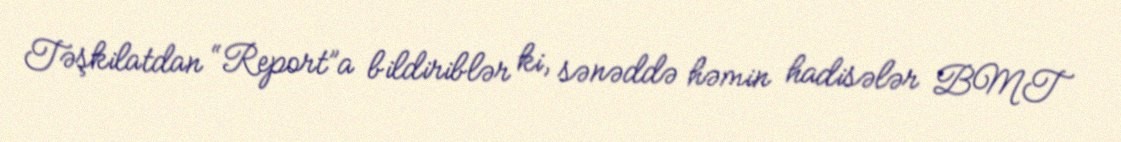
Təşkilatdan “Report”a bildiriblər ki, sənəddə həmin hadisələr BMT